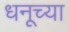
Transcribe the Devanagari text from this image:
धनूच्या